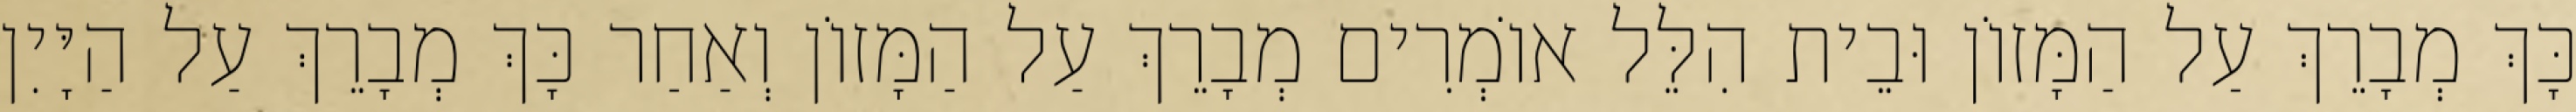
כָּךְ מְבָרֵךְ עַל הַמָּזוֹן וּבֵית הִלֵּל אוֹמְרִים מְבָרֵךְ עַל הַמָּזוֹן וְאַחַר כָּךְ מְבָרֵךְ עַל הַיָּיִן